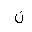
Letter: _non